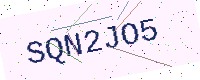
Text: SQN2JO5